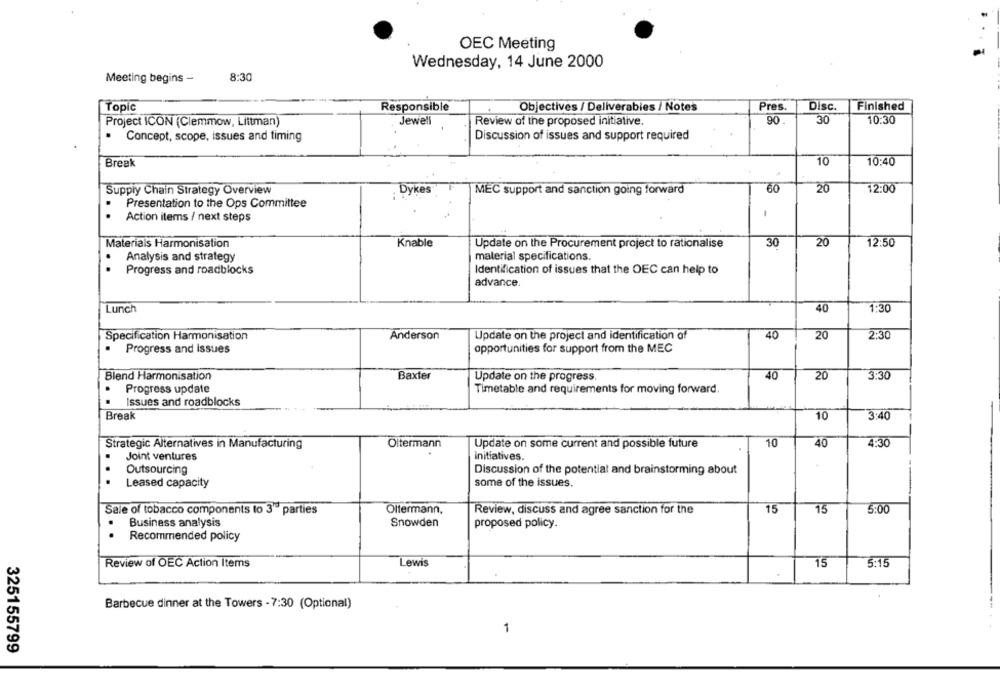
OEC Meeting
Wednesday, 14 June 2000
Meeting begins -
8:30
Topic
Responsible
Objectives / Deliverables / Notes
Pres.
Disc.
Finished
Project ICON (Clemmow, Littman)
Jewell
Review of the proposed initiative.
90.
30
10:30
· Concept, scope, issues and timing
Discussion of issues and support required
Break
10
10:40
Supply Chain Strategy Overview
Dykes
MEC support and sanction going forward
20
12:00
Presentation to the Ops Committee
Action items / next steps
Materials Harmonisation
Knable
Update on the Procurement project to rationalise
30
20
12:50
material specifications.
Analysis and strategy
..
Progress and roadblocks
Identification of issues that the OEC can help to
advance.
Lunch
40
1:30
Specification Harmonisation
Anderson
Update on the project and identification of
40
20
2:30
.
Progress and Issues
opportunities for support from the MEC
Blend Harmonisation
Baxter
Update on the progress
40
20
3:30
Progress update
Timetable and requirements for moving forward.
..
Issues and roadblocks
3:40
Break
10
Strategic Alternatives in Manufacturing
Oltermann
Update on some current and possible future
10
40
4:30
Joint ventures
initiatives.
Outsourcing
Discussion of the potential and brainstorming about
...
Leased capacity
some of the issues.
Sale of tobacco components to 3" parties
Oltermann,
Review, discuss and agree sanction for the
15
15
5:00
Business analysis
Snowden
proposed policy.
..
Recommended policy
Review of OEC Action Items
Lewis
15
5:15
Barbecue dinner at the Towers - 7:30 (Optional)
1
325155799